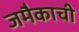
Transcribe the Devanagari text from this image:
जमैकाची